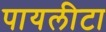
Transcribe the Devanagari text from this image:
पायलीटा